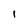
Character: I